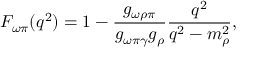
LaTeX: F _ { \omega \pi } ( q ^ { 2 } ) = 1 - \frac { g _ { \omega \rho \pi } } { g _ { \omega \pi \gamma } g _ { \rho } } \frac { q ^ { 2 } } { q ^ { 2 } - m _ { \rho } ^ { 2 } } ,